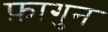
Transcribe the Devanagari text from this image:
फ़ागुन